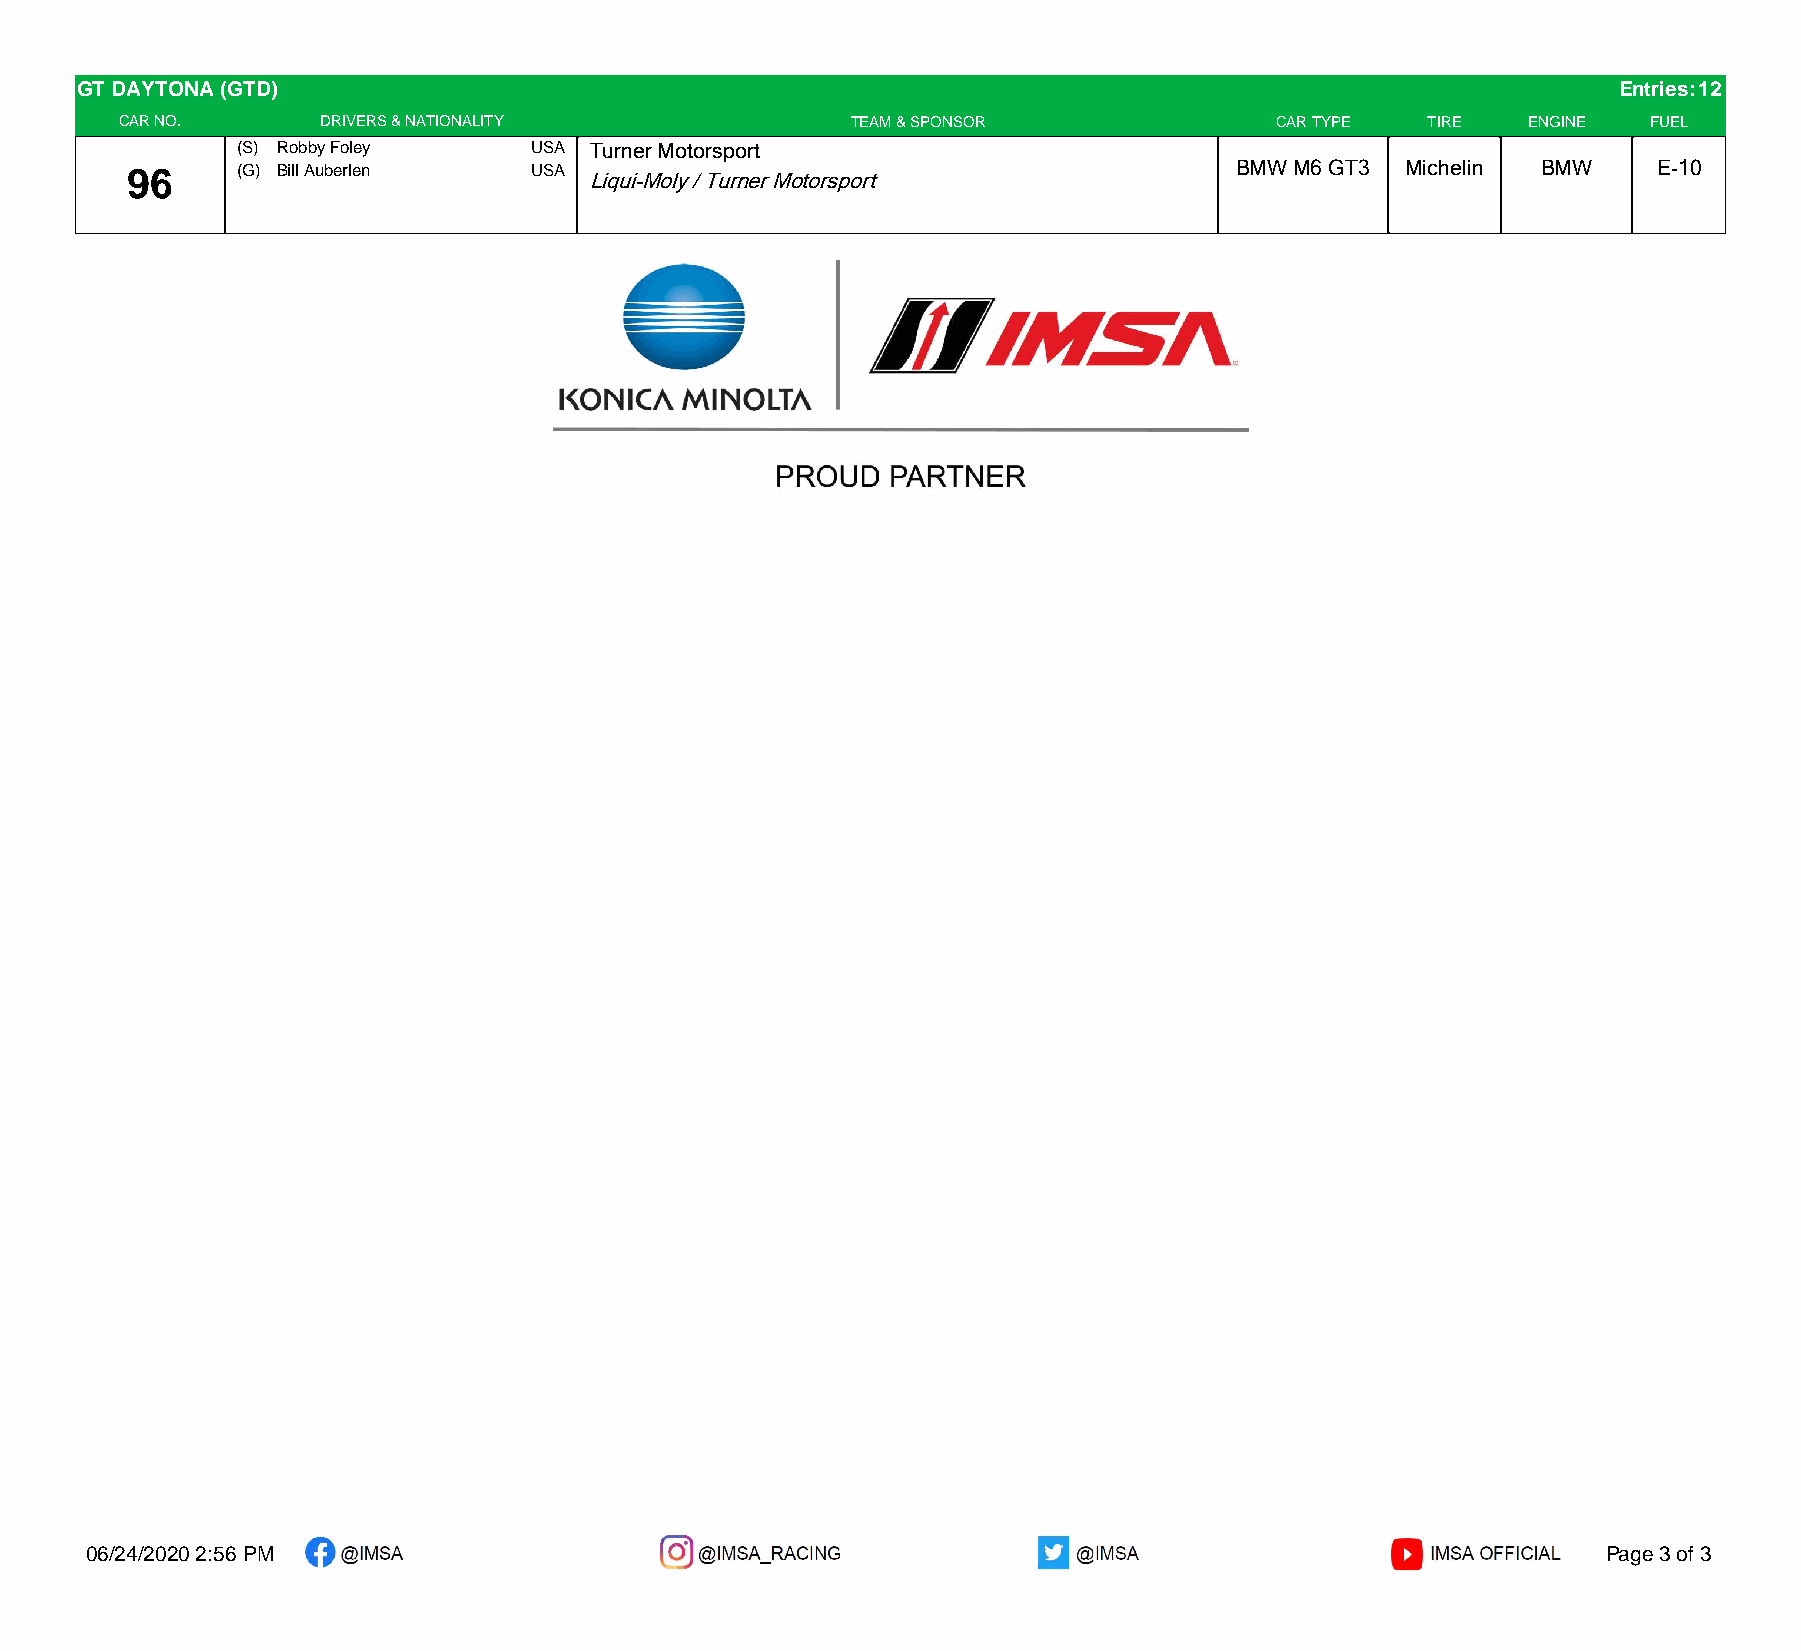
GT DAYTONA (GTD)                                                                                      Entries:12
 CAR NO.      DRIVERS & NATIONALITY              TEAM & SPONSOR              CAR TYPE  TIRE   ENGINE  FUEL
 (S) Robby Foley    USA Turner Motorsport
 96      (G) Bill Auberlen  USA Liqui-Moly / Turner Motorsport             BMW M6 GT3 Michelin BMW     E-10
 06/24/2020 2:56 PM                                                                                  Page 3 of 3